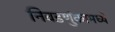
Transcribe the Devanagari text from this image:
निवडणुंकामध्ये